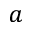
a